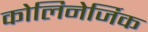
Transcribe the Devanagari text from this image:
कोलिनेर्जिक